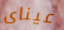
عيناى